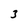
Character: 3